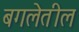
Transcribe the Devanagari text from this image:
बगलेतील